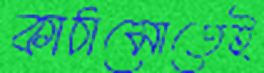
কাঠামোতেই